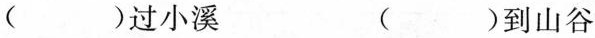
( )过小溪 ( )到山谷